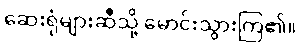
ဆေးရုံများဆီသို့ မောင်းသွားကြ၏။